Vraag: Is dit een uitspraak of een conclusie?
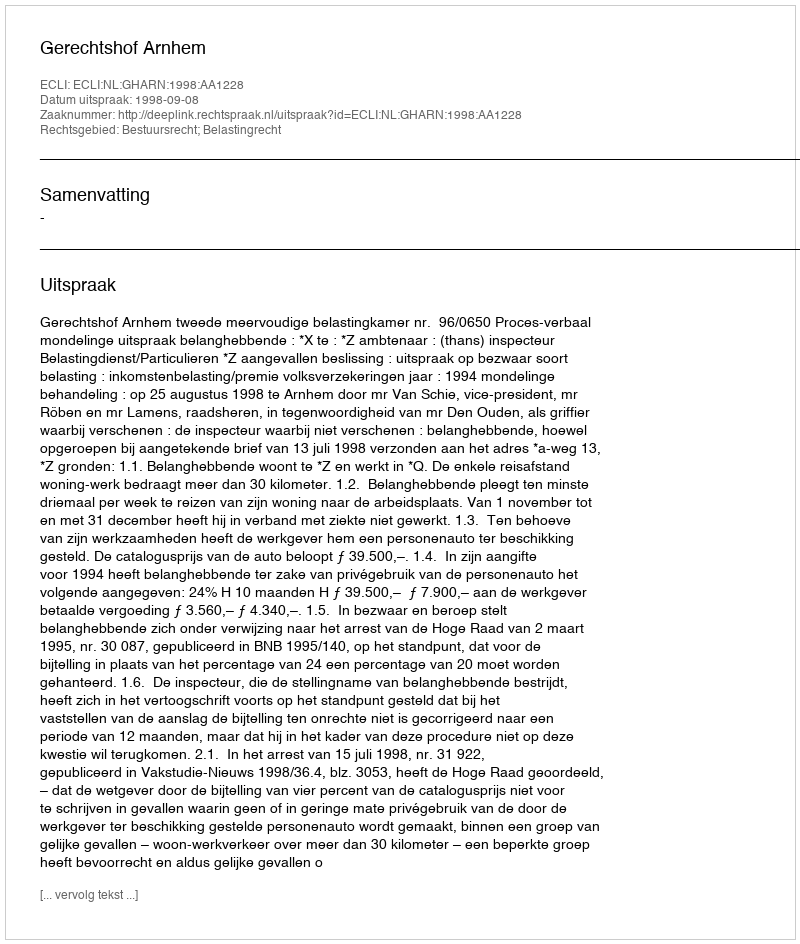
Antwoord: Uitspraak